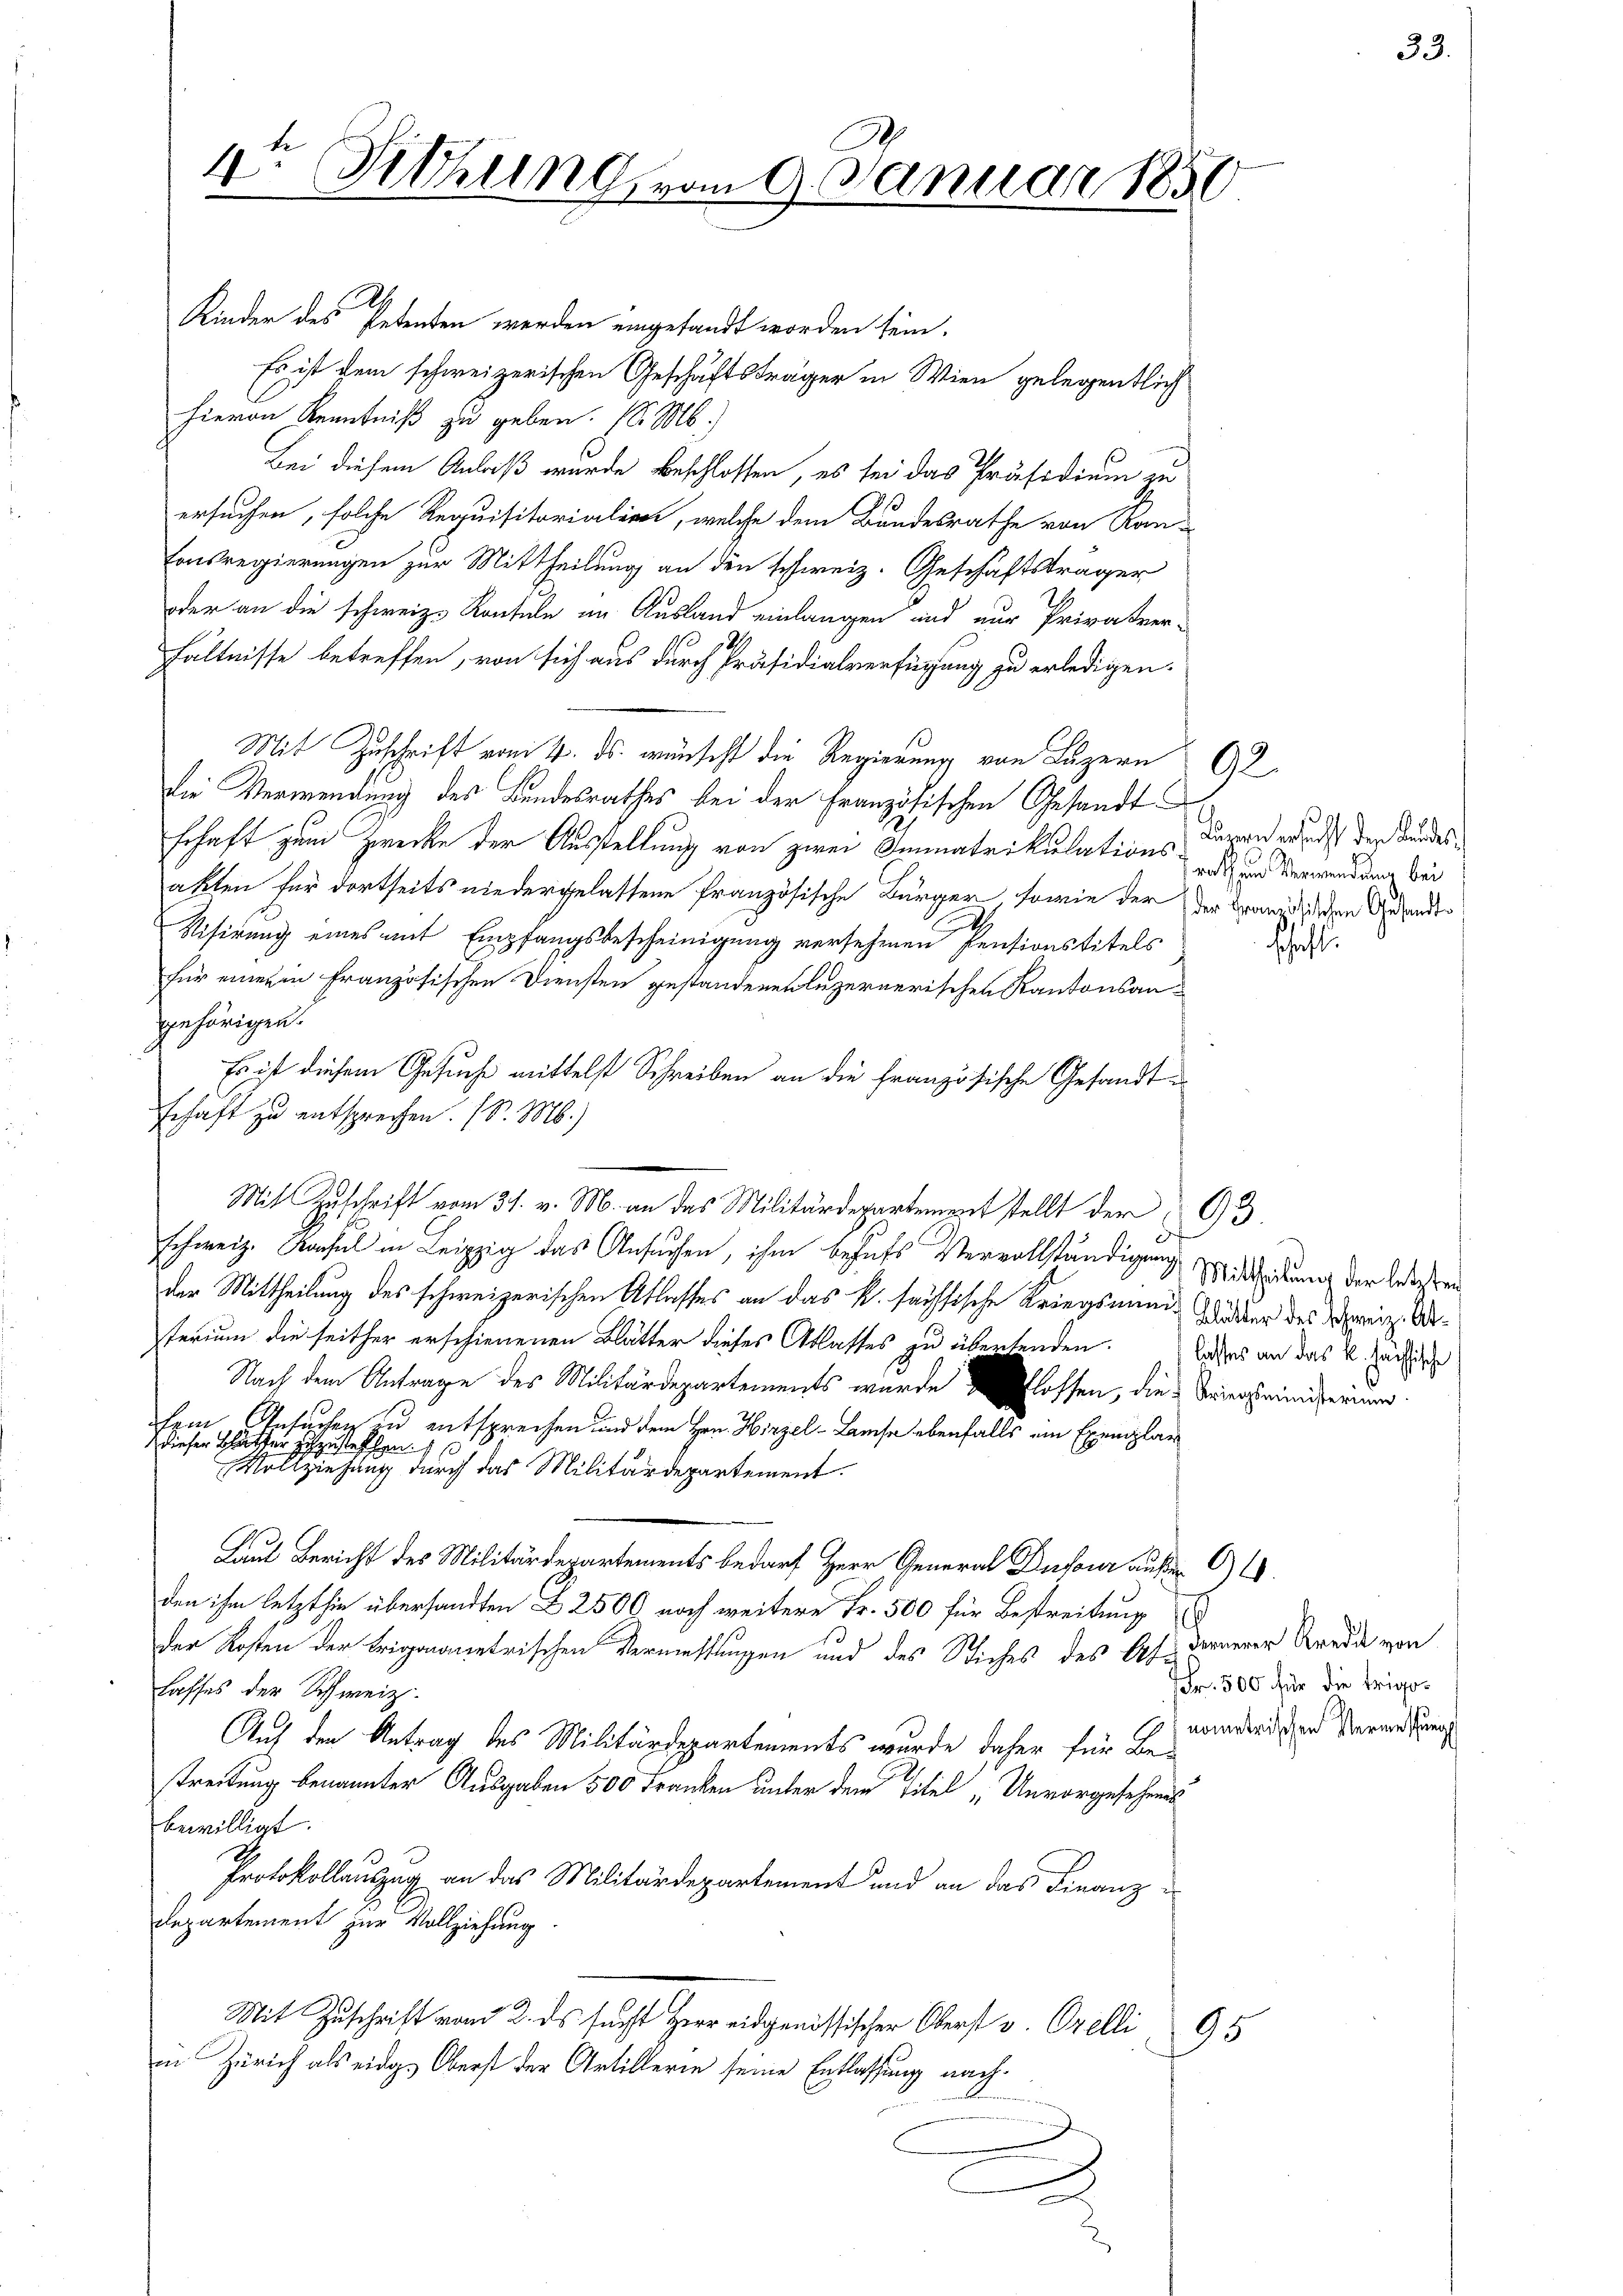
1te Sitzung
.

Kinder des Petenten werden eingesandt worden sein.
Es ist dem schweizerischen Geschäftsträger in Wien gelegentlich
hievon Kenntniß zu geben. (l. M.)
Bei diesem Anlaß wurde beschlossen, es sei das Präsidium zu
ersuchen, solche Requisitorialien, welche dem Bundesrathe von Kan-
tonsregierungen zur Mittheilung an den schweiz. Geschäftsträger
oder an die schweiz. Kontule im Ausland einlangen und nur Privatver-
hältnisse betreffen, von sich aus durch Präsidialverfügung zu erledigen.
Mit Zuschrift vom 4. ds. wünscht die Regierung von Luzern G
die Verwendung des Bundesrathes bei der Französischen Gesandt
schaft zum Zwecke der Ausstellung von zwei Immatrikulations- und Verwendung bei
akten für dortseits niedergelassene Französische Bürger, sowie der der Grandischen Gesandts
Visirung eines mit Empfangsbescheinigung versehenen Pensionstitels
für einer in Französischen Diensten gestandenen luzernerischen Kantonsangehörigen.
Es ist diesem Gesuche mittelst Schreiben an die französische Gesandt
schaft zu entsprechen. (S. M.)
Mit Zuschrift vom 31. v. M. an das Militärdepartement stellt der 3.
schweiz. Konsul in Leipzig das Ansuchen, ihm behufs Vervollständigung Mitteilung der Wesen
der Mittheilung des schweizerischen Atlasses an das k. sächsische Kriegsminis die des Mein Arterium die seither erschienenen Blätter dieses Atlasses zu übertenden. Wasses an das k. Hechtige
Nach dem Antrage des Militärdepartements wurde blossen, die Weingrundszimmen.
fem Ansuchen zu entsprechen und dem Hrn. Hirzel-Luise ebenfalls ein Exemplar
dieser Blätter zuzustehen.
Vollziehung durch das Militärdepartement.
Laut Bericht des Militärdepartements bedarf Herr Gener Deser auf 1.
den ihm letzt sie übersandten 2500 noch weitere Fr. 500 für Bestreitung
der Kosten der trigonometrischen Vermessungen und des Stiches des Af. dannerer Kredi von
Lasses der Schweiz.
Auf den Antrag des Militärdepartements wurde daher für Be-
streitung benannter Ausgaben 500 Franken unter dem Titel „Unvorgesehens
bewilligt.
Protokollauszug an das Militärdepartement und an das Finanz¬
Departement zur Vollziehung.
Mit Zuschrift vom 2. ds sucht Herr eidgenössischer Oberst v. Orelli
95
in Zürich als eidg. Oberst der Artillerie seine Entlassung nach¬

am 9. Januar 1850

Luren ersucht den Kundes¬

Pfahl.

Fr. 500 für die trigonometrischen Vermessungs